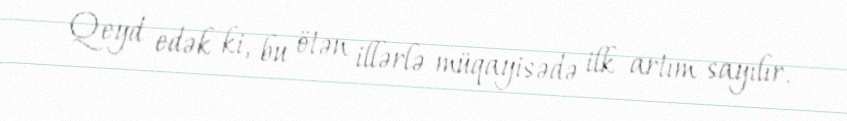
Qeyd edək ki, bu ötən illərlə müqayisədə ilk artım sayılır.